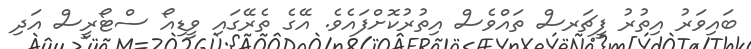
ބައިވަރު އިތުރު ފީޗަރސް ތައްވެސް އިތުރުކޮށްފައެވެ. އޭގެ ތެރޭގައި ވީޑިއޯ ސްޓޯރީސް އަދި